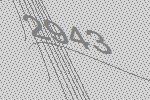
2943